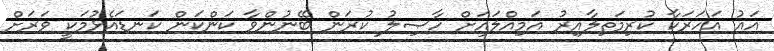
އައު އަހަރަކާ ކުރިމަތިލާއިރު އަމިއްލައަށް ހާޞިލު ކުރަން ބޭނުންވާ ކަންކަން ކަނޑައެޅުމަކީ ވަރަށް